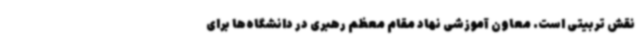
نقش تربیتی است. معاون آموزشی نهاد مقام معظم رهبری در دانشگاه‌ها برای